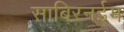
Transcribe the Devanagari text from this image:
साबिरनईम